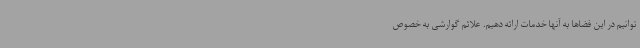
توانیم در این فضاها به آنها خدمات ارائه دهیم. علائم گوارشی به خصوص